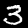
Label: 3